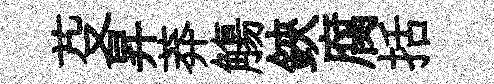
芟昇莽觴鋏腐括